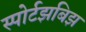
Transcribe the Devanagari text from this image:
स्पोर्टझबिझ